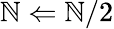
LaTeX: \mathbb{N}\Leftarrow\mathbb{N}/2